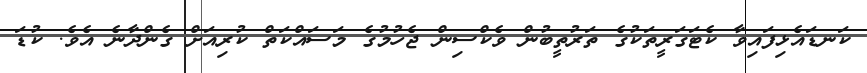
ކަނޑައެޅިފައިވާ ކެޓަގަރީތަކުގެ ތަރުތީބުން ވެކްސިން ޖެހުމުގެ މަސައްކަތް ކުރިއަށް ގެންދާނެ އެވެ. ކުޑަ